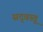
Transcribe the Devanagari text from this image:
सद्‌वस्तू